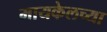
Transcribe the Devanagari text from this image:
मायकेलच्या